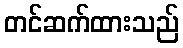
တင်ဆက်ထားသည်